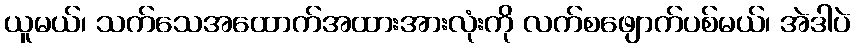
ယူမယ်၊ သက်သေအထောက်အထားအားလုံးကို လက်စဖျောက်ပစ်မယ်၊ အဲဒါပဲ